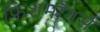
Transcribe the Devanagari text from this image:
फिशमॉंगर्स